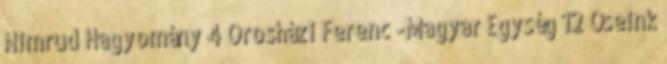
Nimrud Hagyomány 4 Orosházi Ferenc -Magyar Egység 12 Őseink